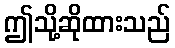
ဤသို့ဆိုထားသည်